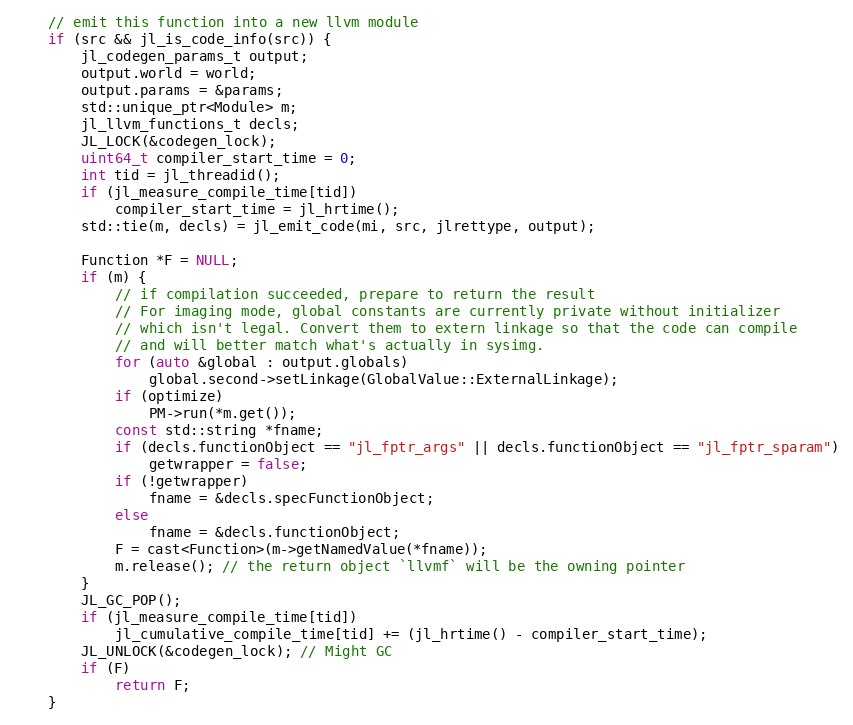
Language: C++
    // emit this function into a new llvm module
    if (src && jl_is_code_info(src)) {
        jl_codegen_params_t output;
        output.world = world;
        output.params = &params;
        std::unique_ptr<Module> m;
        jl_llvm_functions_t decls;
        JL_LOCK(&codegen_lock);
        uint64_t compiler_start_time = 0;
        int tid = jl_threadid();
        if (jl_measure_compile_time[tid])
            compiler_start_time = jl_hrtime();
        std::tie(m, decls) = jl_emit_code(mi, src, jlrettype, output);

        Function *F = NULL;
        if (m) {
            // if compilation succeeded, prepare to return the result
            // For imaging mode, global constants are currently private without initializer
            // which isn't legal. Convert them to extern linkage so that the code can compile
            // and will better match what's actually in sysimg.
            for (auto &global : output.globals)
                global.second->setLinkage(GlobalValue::ExternalLinkage);
            if (optimize)
                PM->run(*m.get());
            const std::string *fname;
            if (decls.functionObject == "jl_fptr_args" || decls.functionObject == "jl_fptr_sparam")
                getwrapper = false;
            if (!getwrapper)
                fname = &decls.specFunctionObject;
            else
                fname = &decls.functionObject;
            F = cast<Function>(m->getNamedValue(*fname));
            m.release(); // the return object `llvmf` will be the owning pointer
        }
        JL_GC_POP();
        if (jl_measure_compile_time[tid])
            jl_cumulative_compile_time[tid] += (jl_hrtime() - compiler_start_time);
        JL_UNLOCK(&codegen_lock); // Might GC
        if (F)
            return F;
    }